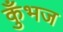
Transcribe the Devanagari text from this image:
कुँभज